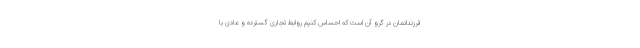
فرزندانمان در گرو آن است که احساس کنیم روابط تجاری گسترده و عادی با